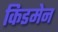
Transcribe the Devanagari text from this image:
किडमेन